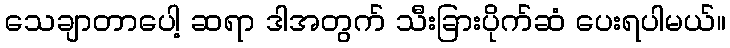
သေချာတာပေါ့ ဆရာ ဒါအတွက် သီးခြားပိုက်ဆံ ပေးရပါမယ်။